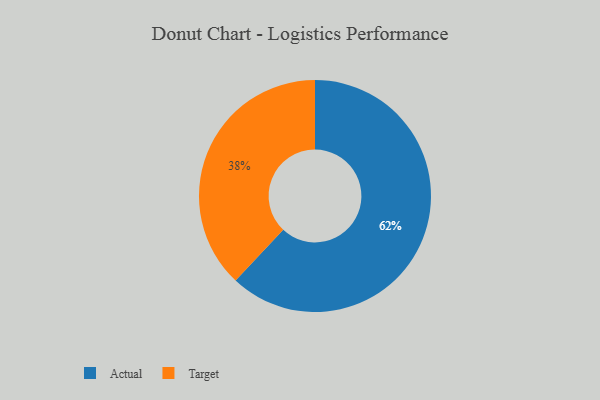
{"axis": {"x": "Category", "y": "Percentage"}, "legend": ["Actual", "Target"], "data": [{"x": "Target", "y": 38, "type": "Target"}, {"x": "Actual", "y": 62, "type": "Actual"}]}